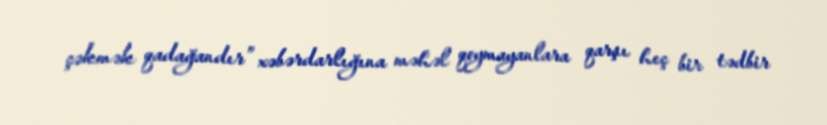
çəkmək qadağandır” xəbərdarlığına məhəl qoymayanlara qarşı heç bir tədbir